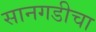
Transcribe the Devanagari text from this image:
सानगडीचा